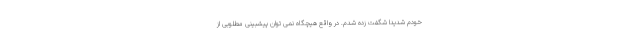
خودم شدیدا شگفت زده شدم. در واقع هیچگاه نمی توان پیشبینی مطلوبی از